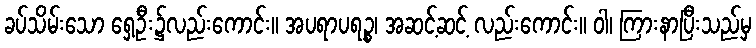
ခပ်သိမ်းသော ရှေ့ဦး၌လည်းကောင်း။ အပရာပရဉ္စ၊ အဆင့်ဆင့် လည်းကောင်း။ ဝါ၊ ကြားနာပြီးသည်မှ